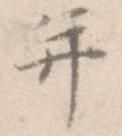
并